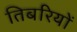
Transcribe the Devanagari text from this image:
तिबरियों